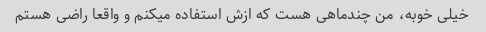
خیلی خوبه، من چندماهی هست که ازش استفاده میکنم و واقعا راضی هستم